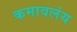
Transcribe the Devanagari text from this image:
कमावलंय